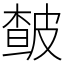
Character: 皶